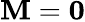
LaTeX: \mathbf M=\mathbf 0